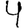
Digit: 4